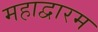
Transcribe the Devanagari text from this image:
महाद्वारम